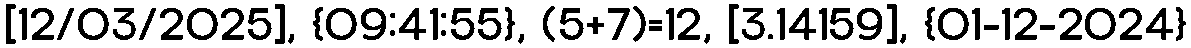
[12/03/2025], {09:41:55}, (5+7)=12, [3.14159], {01-12-2024}